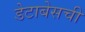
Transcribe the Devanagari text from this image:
डेटाबेसची